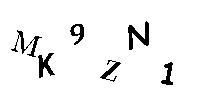
MK9ZN1